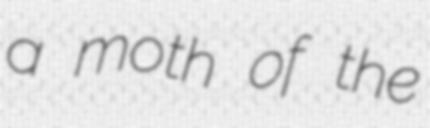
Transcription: a moth of the